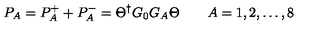
P _ { A } = P _ { A } ^ { + } + P _ { A } ^ { - } = \Theta ^ { \dagger } G _ { 0 } G _ { A } \Theta \qquad A = 1 , 2 , \dots , 8